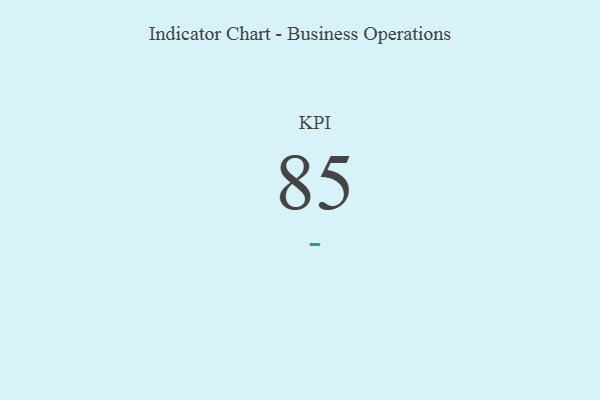
{"axis": {"x": "KPI", "y": "Value"}, "legend": [""], "data": [{"x": "KPI", "y": 85, "type": ""}]}